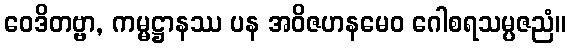
ဝေဒိတဗ္ဗာ, ကမ္မဋ္ဌာနဿ ပန အဝိဇဟနမေဝ ဂေါစရသမ္ပဇညံ။